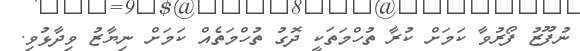
ނުފޫޒު ފޯރުވާ ކަމަށް ކުރާ ތުުހްމަތަކީ ދޮގު ތުހްމަތެއް ކަމަށް ނިޔާޒު ވިދާޅުވި.